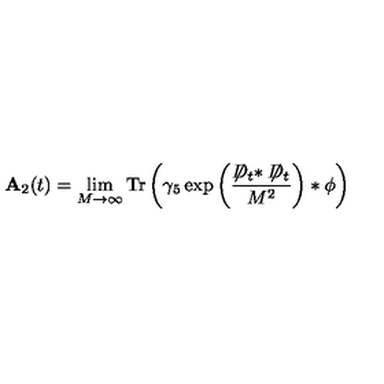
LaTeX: { \bf A } _ { 2 } ( t ) = \lim _ { M \to \infty } \mathrm { T r } \left( \gamma _ { 5 } \exp \left( \frac { \not \! \! D _ { t } * \not \! \! D _ { t } } { M ^ { 2 } } \right) * \phi \right)